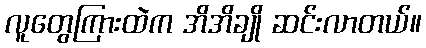
လူတွေကြားထဲက အိအိချို ဆင်းလာတယ်။